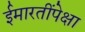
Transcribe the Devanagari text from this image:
ईमारतींपेक्षा